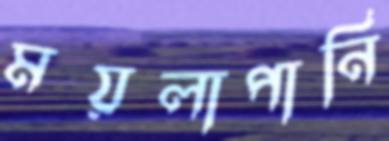
ময়লাপানি